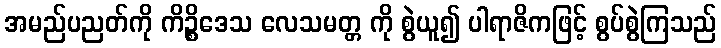
အမည်ပညတ်ကို ကိဉ္စိဒေသ လေသမတ္တ ကို စွဲယူ၍ ပါရာဇိကဖြင့် စွပ်စွဲကြသည်